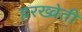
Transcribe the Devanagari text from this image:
हरख्वेती